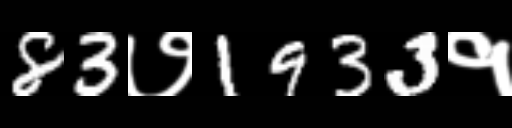
Text: 83७1933१